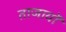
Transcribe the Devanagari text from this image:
ताजायों